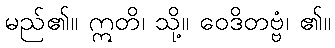
မည်၏။ ဣတိ၊ သို့။ ဝေဒိတဗ္ဗံ၊ ၏။